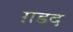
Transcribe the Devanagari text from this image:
ग़डद